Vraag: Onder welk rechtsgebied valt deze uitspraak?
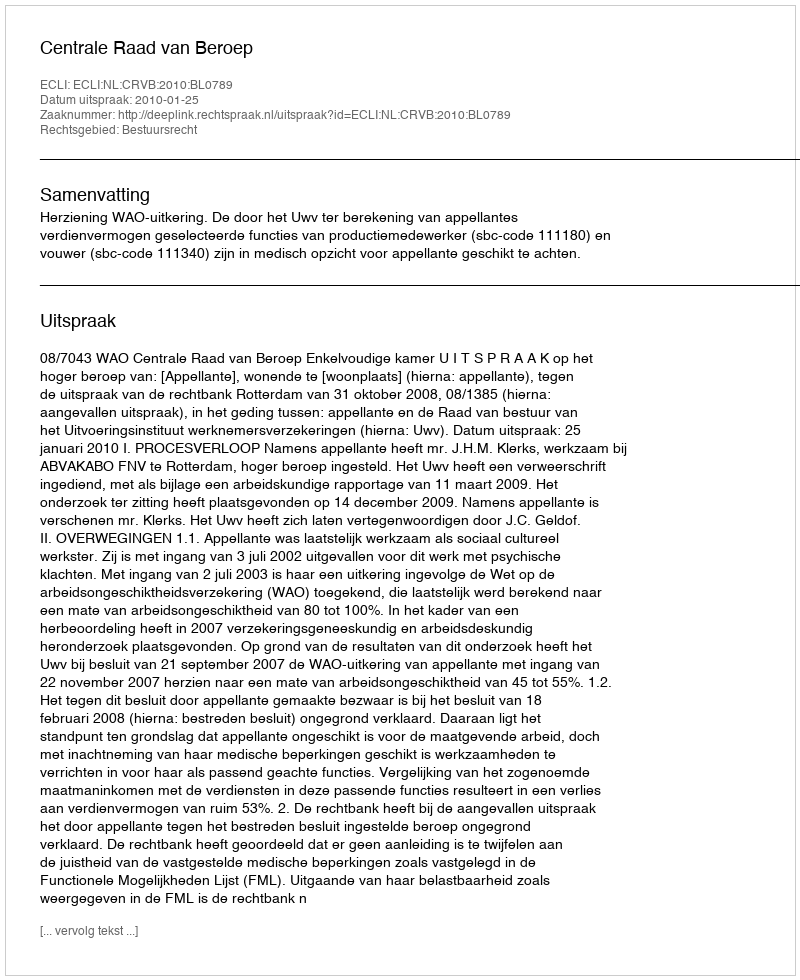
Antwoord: Bestuursrecht